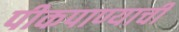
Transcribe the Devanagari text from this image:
पीकपाण्याची